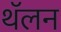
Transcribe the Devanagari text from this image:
थॅलन